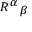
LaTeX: \scriptstyle { R ^ { \alpha } } _ { \beta }